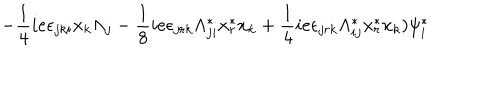
- \frac { 1 } { 4 } i e \epsilon _ { j k i } x _ { k } \Lambda _ { j } - \frac { 1 } { 8 } i e \epsilon _ { j r k } \Lambda _ { j i } ^ { * } x _ { r } ^ { * } x _ { k } + \frac { 1 } { 4 } i e \epsilon _ { j r k } \Lambda _ { i j } ^ { * } x _ { r } ^ { * } x _ { k } ) \psi _ { i } ^ { * }